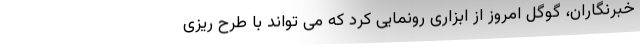
خبرنگاران، گوگل امروز از ابزاری رونمایی کرد که می تواند با طرح ریزی